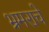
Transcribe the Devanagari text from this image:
भ्रमराचे